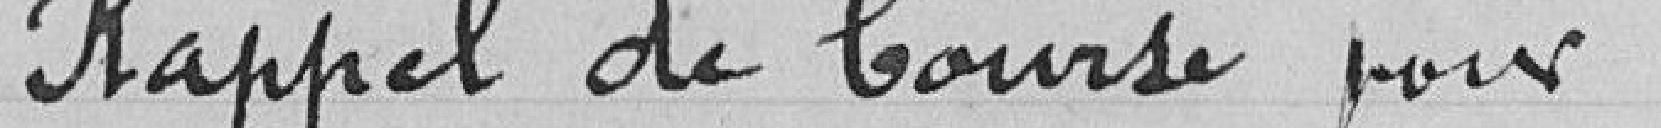
Rappel de bourse pour